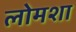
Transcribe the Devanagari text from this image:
लोमशा